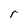
Character: r